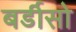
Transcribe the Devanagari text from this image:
बर्डीसो